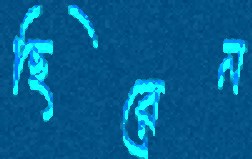
ছিরেন